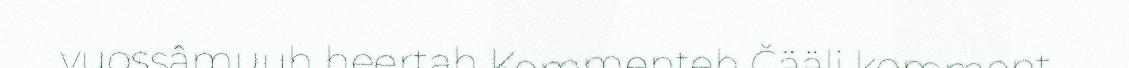
vuossâmuuh heertah Kommenteh Čääli komment